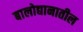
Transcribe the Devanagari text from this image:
बालोद्यानातील